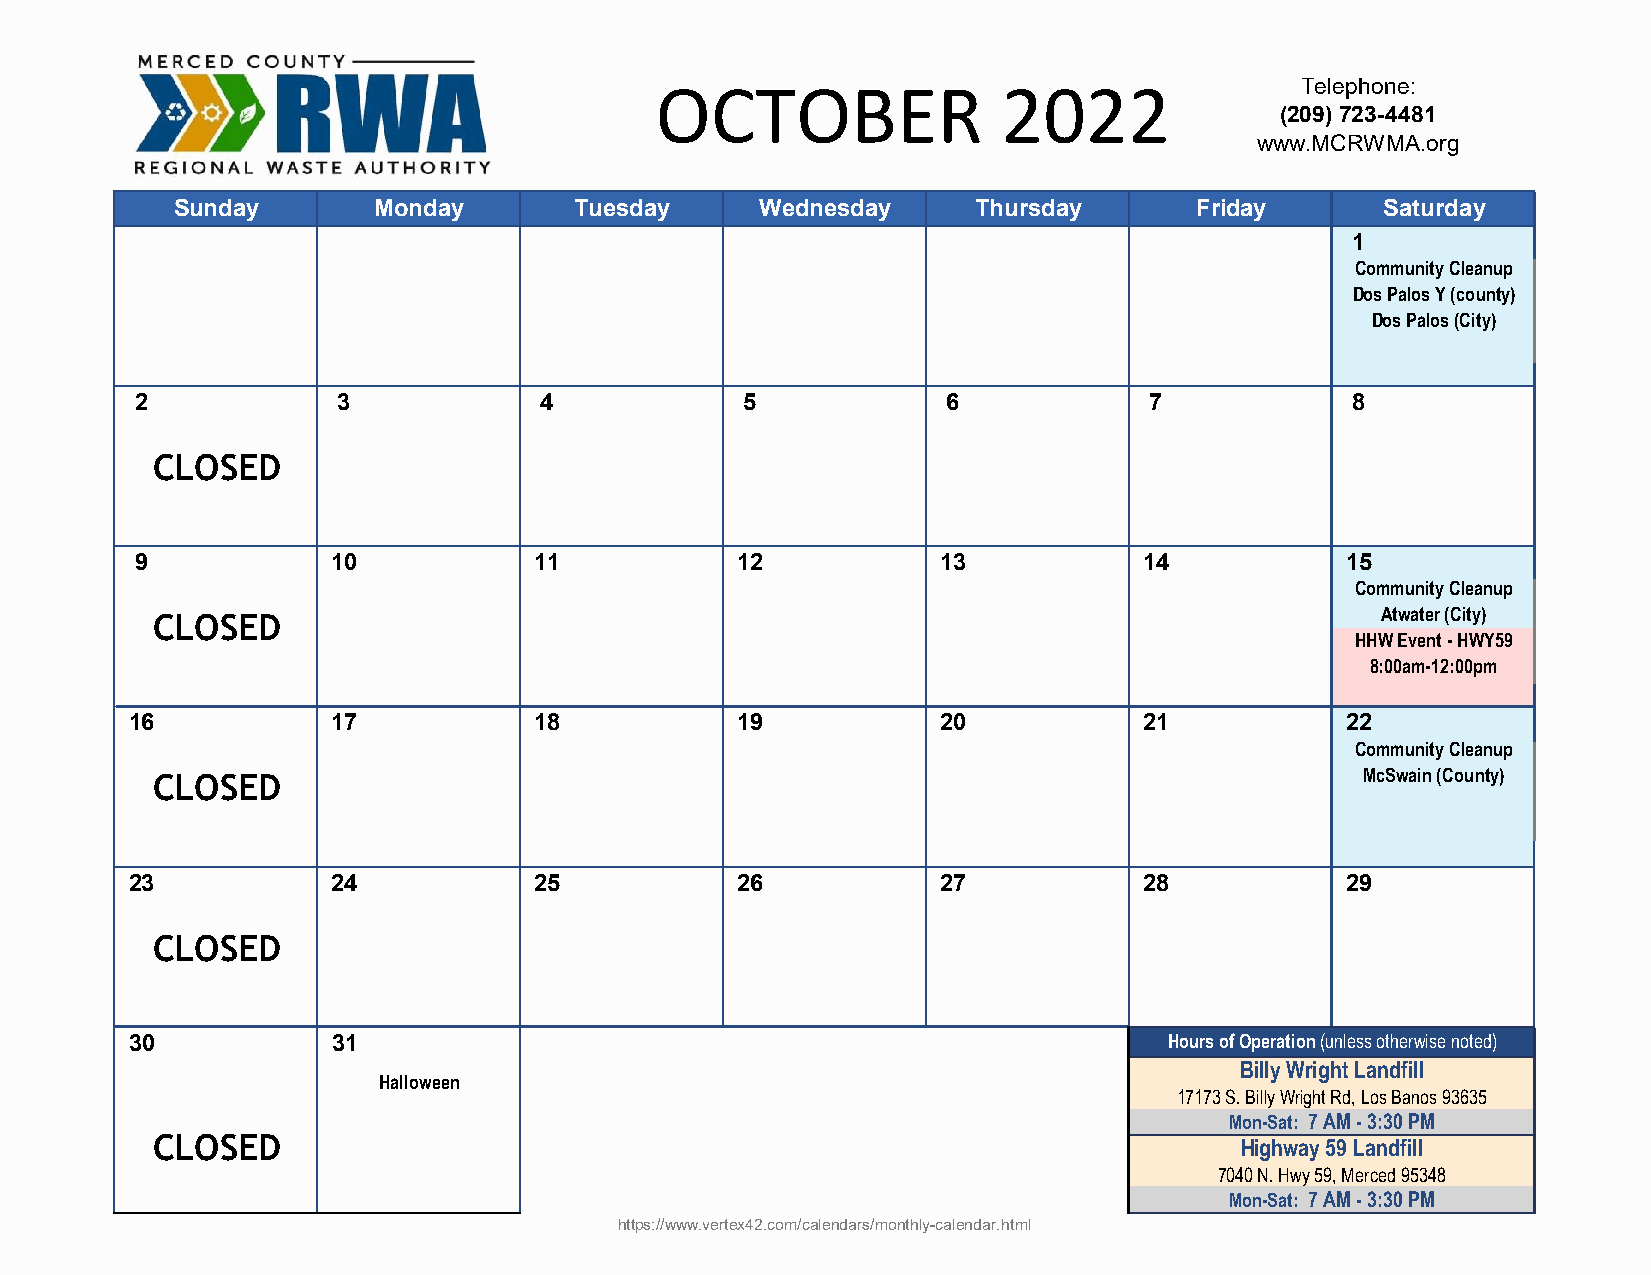
OCTOBER                2022                Telephone:
 (209) 723-4481
 www.MCRWMA.org
 Sunday       Monday       Tuesday     Wednesday      Thursday      Friday       Saturday
 1
 Community Cleanup
 Dos Palos Y (county)
 Dos Palos (City)
 2            3             4            5             6            7            8
 CLOSED
 9            10           11            12           13            14           15
 Community Cleanup
 Atwater (City)
 CLOSED
 HHW Event - HWY59
 8:00am-12:00pm
 16           17           18            19           20            21           22
 Community Cleanup
 McSwain (County)
 CLOSED
 23           24           25            26           27            28           29
 CLOSED
 30           31                                                     Hours of Operation (unless otherwise noted)
 Billy Wright Landfill
 Halloween
 17173 S. Billy Wright Rd, Los Banos 93635
 Mon-Sat: 7 AM - 3:30 PM
 CLOSED                                                                  Highway 59 Landfill
 7040 N. Hwy 59, Merced 95348
 Mon-Sat: 7 AM - 3:30 PM
 https://www.vertex42.com/calendars/monthly-calendar.html